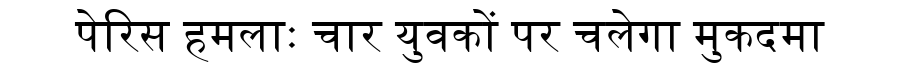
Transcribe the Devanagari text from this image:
पेरिस हमलाः चार युवकों पर चलेगा मुकदमा